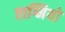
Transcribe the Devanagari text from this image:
वाग्मियों